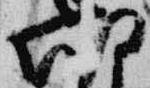
朝